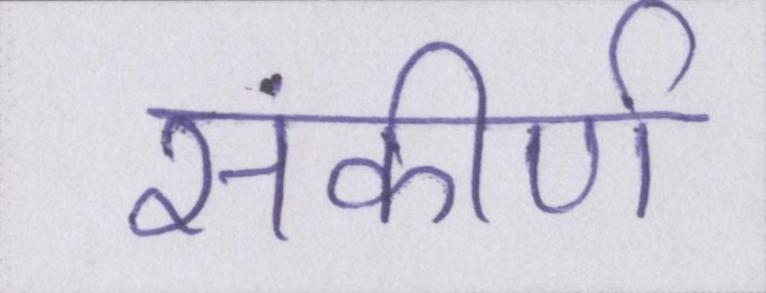
संकीर्ण